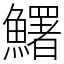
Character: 鱰